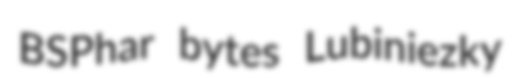
BSPhar bytes Lubiniezky